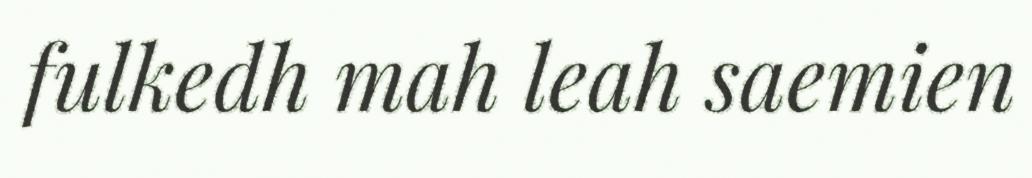
fulkedh mah leah saemien